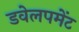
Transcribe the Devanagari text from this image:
डवेलपमेंट